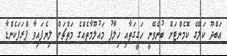
ޢަބްދޫ ކަލޭގެ ކޮމެންޓަށް ބުނެވޭނީ ހަގީގަތާއި ޚިލާފު މައުލޫމާތެއްގެ މަތްޗަށް ލިޔެފައިވާ ޕްރަފަކެންޑާ